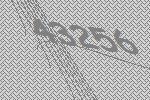
43256